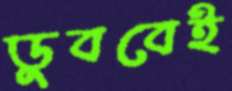
ডুববেই